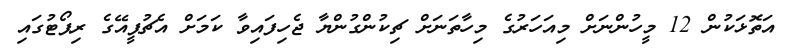
އަތޮޅަކުން 12 މީހުންނަށް މިއަހަރުގެ މިހާތަނަށް ޗިކުންގުންޔާ ޖެހިފައިވާ ކަމަށް އެޗުޕީއޭގެ ރިޕޯޓުގައި